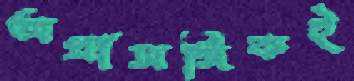
অপ্রাসঙ্গিকই